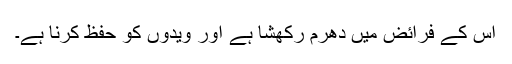
اس کے فرائض میں دھرم رکھشا ہے اور ویدوں کو حفظ کرنا ہے۔